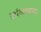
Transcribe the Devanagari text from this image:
सांत्वावना